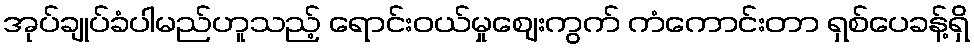
အုပ်ချုပ်ခံပါမည်ဟူသည့် ရောင်းဝယ်မှုဈေးကွက် ကံကောင်းတာ ရှစ်ပေခန့်ရှိ